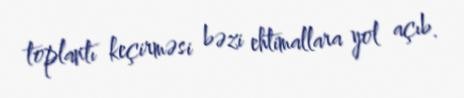
toplantı keçirməsi bəzi ehtimallara yol açıb.